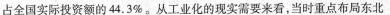
占全国实际投资额的44.3%。从工业化的现实需要来看，当时重点布局东北